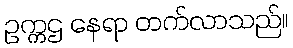
ဥက္ကဌ နေရာ တက်လာသည်။